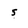
Character: 5